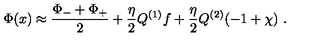
\Phi ( x ) \approx { \frac { \Phi _ { - } + \Phi _ { + } } { 2 } } + { \frac { \eta } { 2 } } Q ^ { ( 1 ) } f + { \frac { \eta } { 2 } } Q ^ { ( 2 ) } ( - 1 + \chi ) \ .